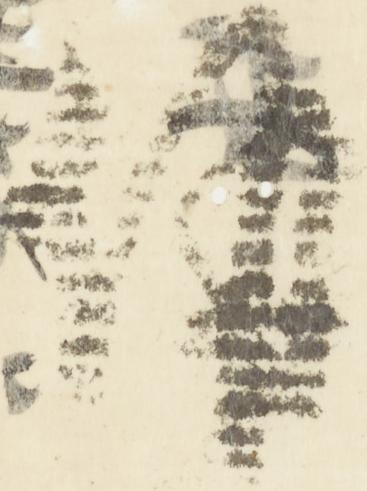
併